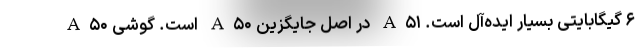
۶ گیگابایتی بسیار ایده‌آل است. A۵۱ در اصل جایگزین A۵۰ است. گوشی A۵۰